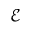
\mathcal { E }